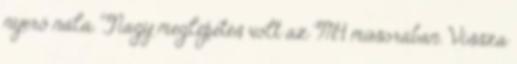
nyerő nála. Nagy meglepetés volt az M4 műsorában. Vissza